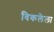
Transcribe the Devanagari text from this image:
विकलेला